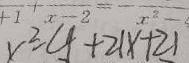
x ^ { 2 } - 4 + 2 ( x + 2 )